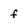
Character: f